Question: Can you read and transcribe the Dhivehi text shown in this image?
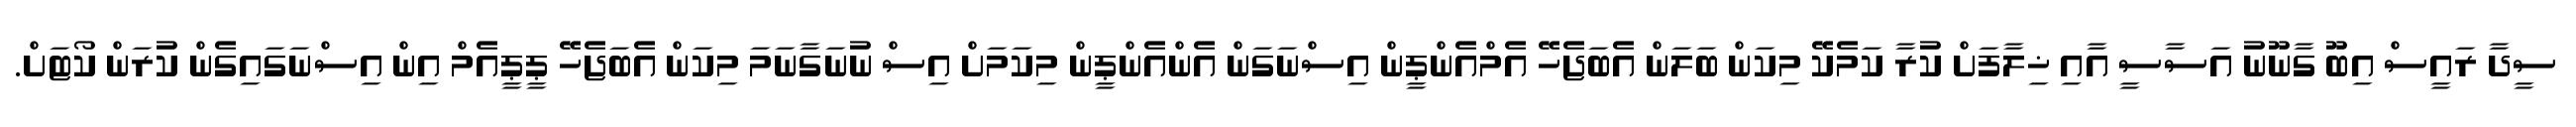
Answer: ސީދާ ރައީސް އިބޫ ގާނޫނު އަސާސީ އާއި ޚިލާފަށް ކުރާ ކަމެކޭ މިކަން ބަލަން އެބަޖެހޭ އެމްއެންޕީން އިސްނަގަން އެންއެންޕީން މިކަމަށް އިސް ނުނަގާނަމަ މިކަން އެބަޖެހޭ ޕީޕީއެމް އިން އިސްނަގައިގެން ކުރަން ކޯޓަށް.